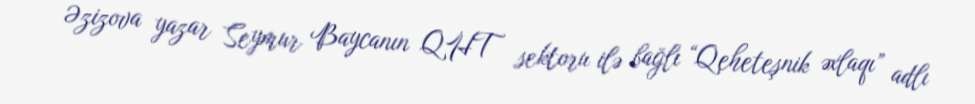
Əzizova yazar Seymur Baycanın QHT sektoru ilə bağlı “Qeheteşnik əxlaqı” adlı